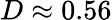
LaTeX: D\approx 0.56